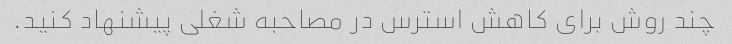
چند روش برای کاهش استرس در مصاحبه شغلی پیشنهاد کنید.